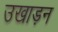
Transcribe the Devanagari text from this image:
उखाड़न